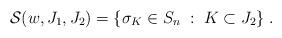
LaTeX: \begin{align*}\mathcal{S}(w,J_1,J_2) = \{\sigma_K\in S_n\;:\; K\subset J_2\}\;.\end{align*}